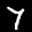
Label: 7